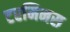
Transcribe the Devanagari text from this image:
टरमिनस